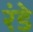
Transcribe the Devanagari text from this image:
रंडे